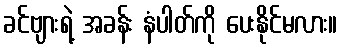
ခင်ဗျားရဲ့ အခန်း နံပါတ်ကို ပေးနိုင်မလား။